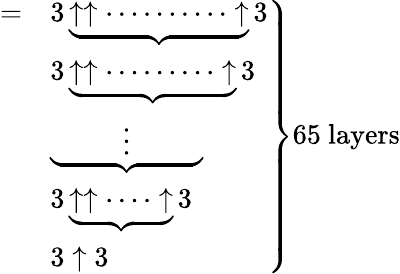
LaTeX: \left.{\begin{array}{ll}{=}&{3\underbrace{\uparrow\uparrow\cdots\cdots\cdots\cdot\uparrow}3}\\ &{3\underbrace{\uparrow\uparrow\cdots\cdots\cdots\uparrow}3}\\ &{\underbrace{\qquad\; \; \vdots\qquad\; \; }}\\ &{3\underbrace{\uparrow\uparrow\cdots\cdot\uparrow}3}\\ &{3\uparrow 3}\end{array}}\right\} {\mathrm{65~layers}}